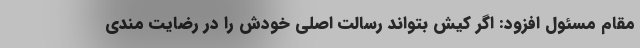
مقام مسئول افزود: اگر کیش بتواند رسالت اصلی خودش را در رضایت مندی